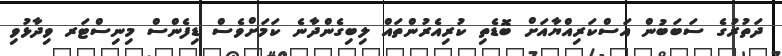
ދަތުރުގެ ސަބަބުން އަސްކަރިއްޔާއަށް ބޮޑެތި ކުރިއެރުންތައް ލިބިގެންދާނެ ކަމަށްވެސް ޑިފެންސް މިނިސްޓަރ ވިދާޅުވި